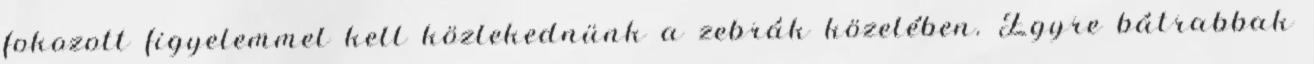
fokozott figyelemmel kell közlekednünk a zebrák közelében. Egyre bátrabbak